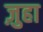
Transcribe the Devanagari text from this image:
ज़ुहा